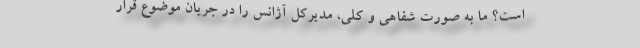
است؟ ما به صورت شفاهی و کلی، مدیرکل آژانس را در جریان موضوع قرار